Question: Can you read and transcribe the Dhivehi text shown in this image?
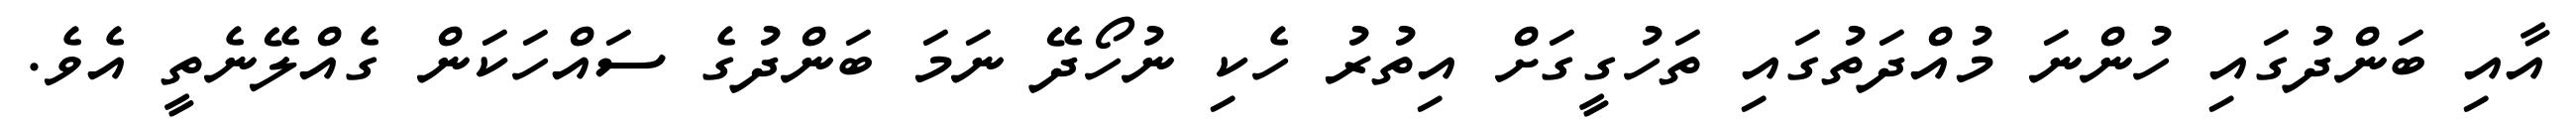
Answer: އާއި ބަންދުގައި ހުންނަ މުއްދަތުގައި ތަހުގީގަށް އިތުރު ހެކި ނުހޯދޭ ނަމަ ބަންދުގެ ސައްހަކަން ގެއްލޭނެތީ އެވެ.